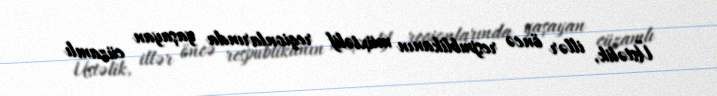
Üstəlik, illər öncə respublikanın müxtəlif regionlarında yaşayan cüzamlı